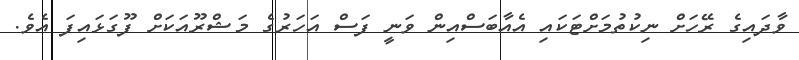
ވާދައިގެ ރޭހަށް ނިކުތުމަށްޓަކައި އެއާބަސްއިން ވަނީ ފަސް އަހަރުގެ މަޝްރޫއަކަށް ފޫގަޅައިފަ އެވެ.